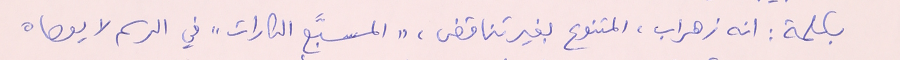
بكلمة : انه زهراب، المتنوع بغير تناقض، "المسبَّع الكارات" في الرسم لا يعصاه